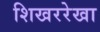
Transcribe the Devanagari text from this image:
शिखररेखा